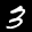
Label: 3